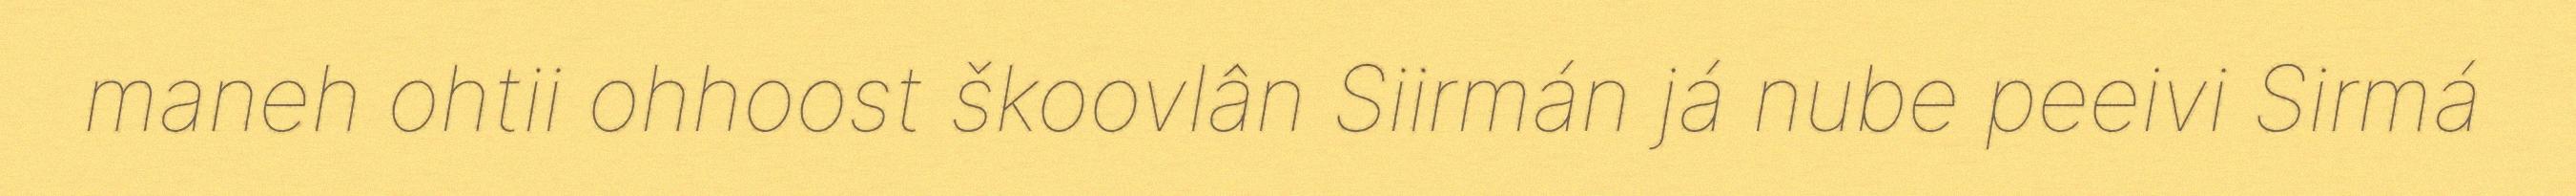
maneh ohtii ohhoost škoovlân Siirmán já nube peeivi Sirmá